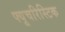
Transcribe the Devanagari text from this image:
फ्यूचरिस्टिक